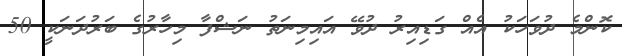
ކޮންމެ ދުވަހަކު އެއް ގަޑިއިރު ދުވޭ އައިމިނަތު ނަޝްފާ މިހާރުގެ ބަރުދަނަކީ 50